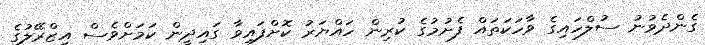
ގެންދެވުނު ސުލްހައިގެ ވާހަކަތައް ފެށުމުގެ ކުރިން ހައްޔަރު ކޮށްފައިވާ ގައިދީން ކަމަށްވެސް އިޒްރޭލުގެ